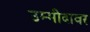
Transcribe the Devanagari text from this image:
उम्मीदावर